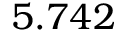
5 . 7 4 2